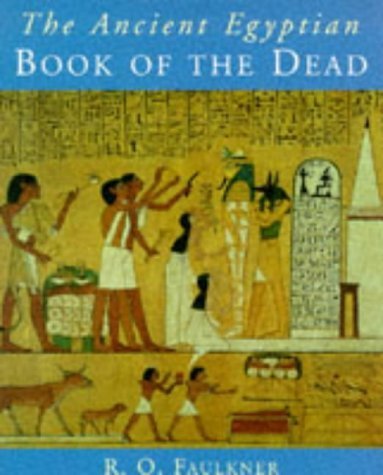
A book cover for The Ancient Egyptian Book of the Dead by Faulkner, Andrews (1989) Paperback; Religion & Spirituality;